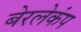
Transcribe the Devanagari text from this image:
बेरलेकंप